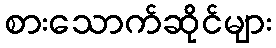
စားသောက်ဆိုင်များ